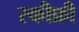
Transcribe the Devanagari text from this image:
स्कीफ्री